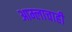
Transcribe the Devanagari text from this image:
आम्लाचाही